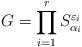
LaTeX: \begin{align*}G=\prod^{r}_{i=1} S^{\varepsilon_i}_{\alpha_i}\end{align*}